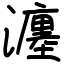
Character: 瀍